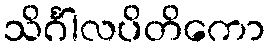
သိင်္ဂါလပိတိကော